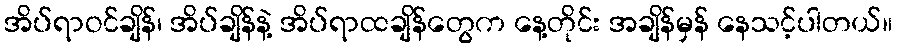
အိပ်ရာဝင်ချိန်၊ အိပ်ချိန်နဲ့ အိပ်ရာထချိန်တွေက နေ့တိုင်း အချိန်မှန် နေသင့်ပါတယ်။